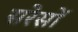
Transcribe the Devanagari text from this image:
सरेसों